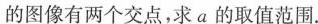
的图像有两个交点，求a的取值范围。